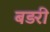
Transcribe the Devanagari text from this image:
बड़री